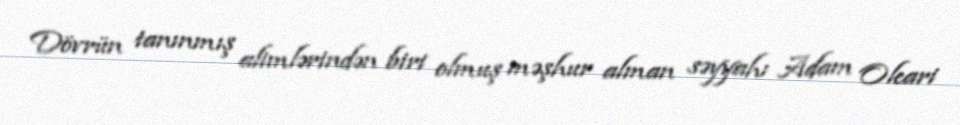
Dövrün tanınmış alimlərindən biri olmuş məşhur alman səyyahı Adam Oleari